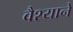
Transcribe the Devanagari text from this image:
वैश्याने